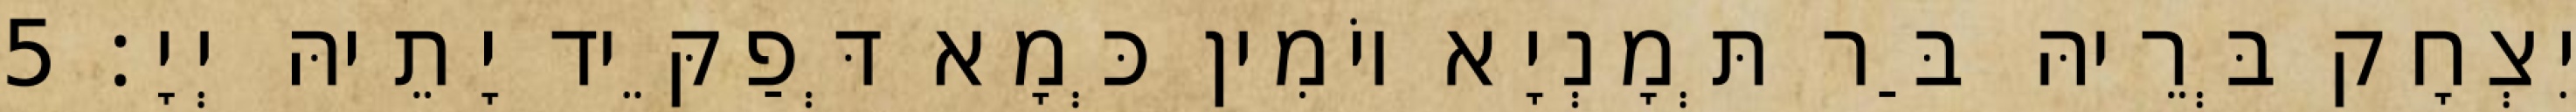
יִצְחָק בְּרֵיהּ בַּר תְּמָנְיָא יוֹמִין כְּמָא דְּפַקֵּיד יָתֵיהּ יְיָ׃ 5